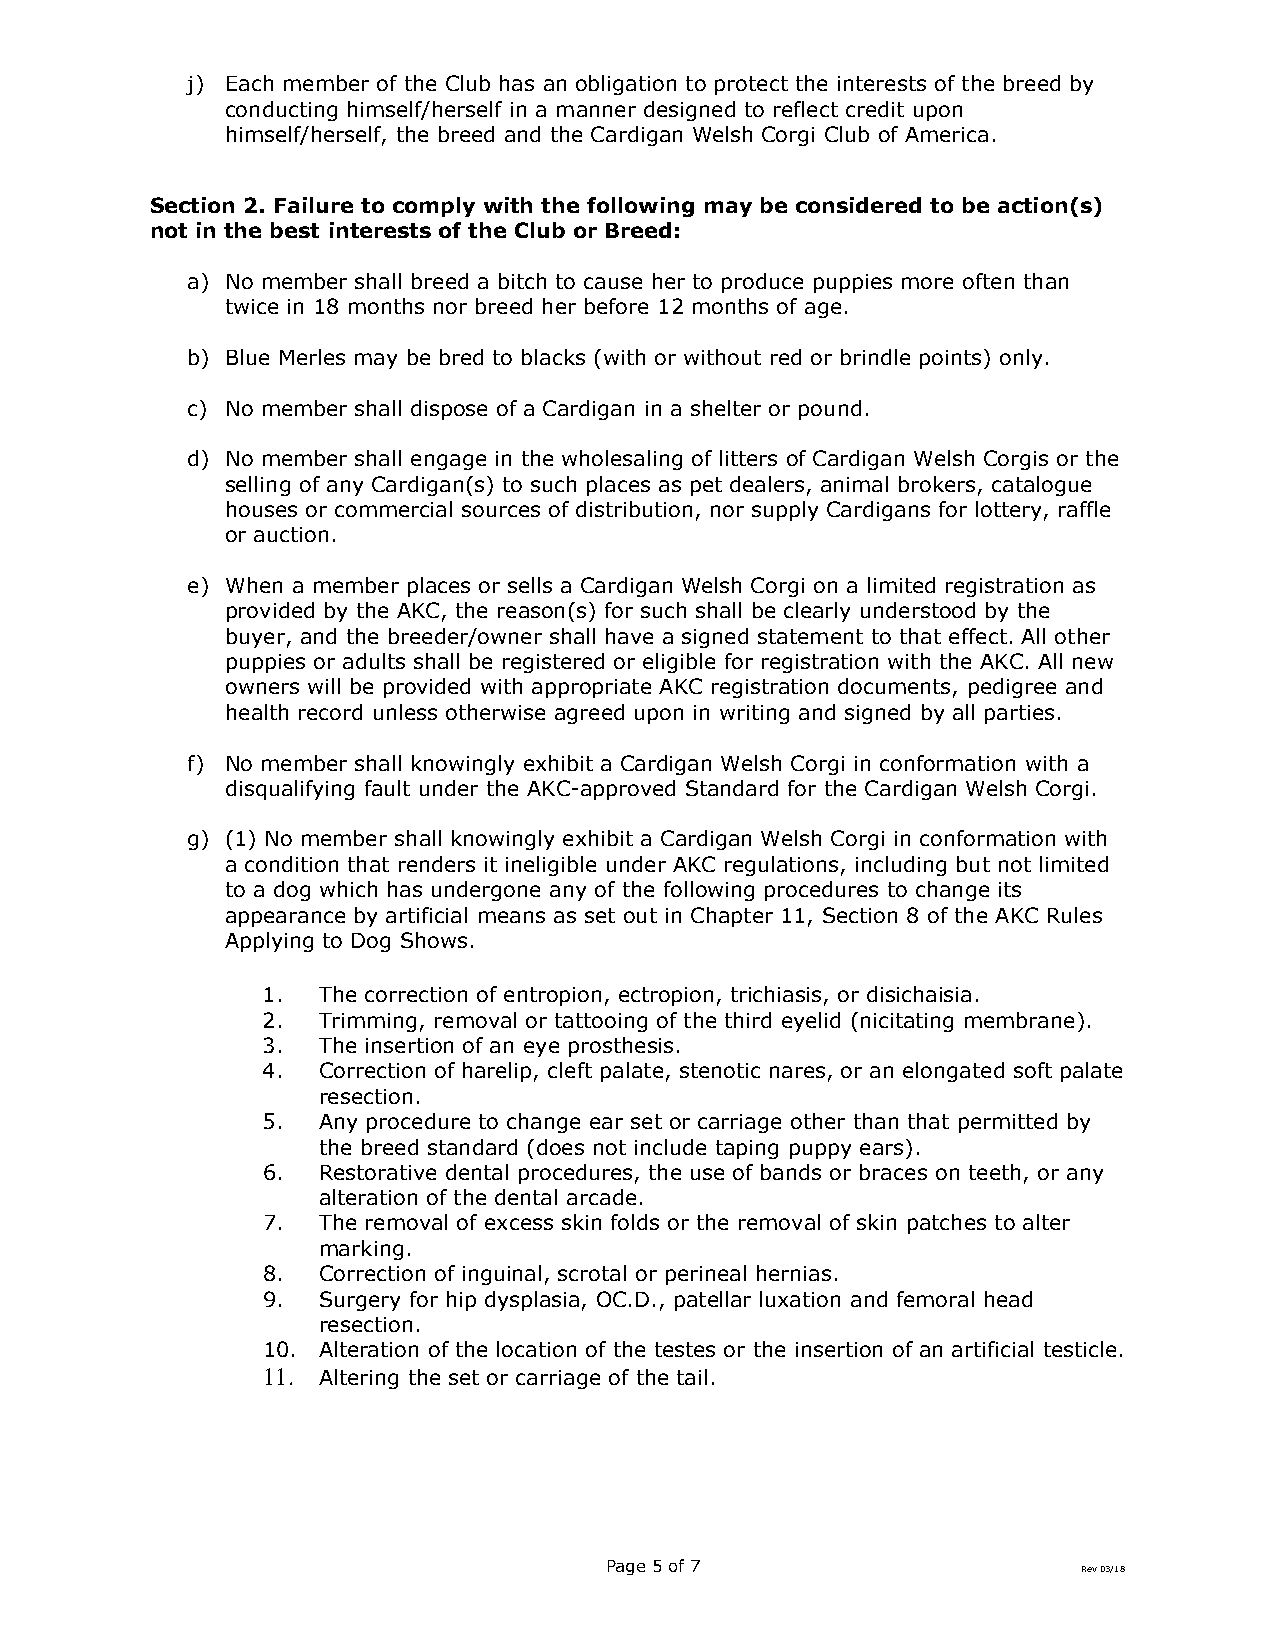
j) Each member of the Club has an obligation to protect the interests of the breed by
 conducting himself/herself in a manner designed to reflect credit upon
 himself/herself, the breed and the Cardigan Welsh Corgi Club of America.
 Section 2. Failure to comply with the following may be considered to be action(s)
 not in the best interests of the Club or Breed:
 a) No member shall breed a bitch to cause her to produce puppies more often than
 twice in 18 months nor breed her before 12 months of age.
 b) Blue Merles may be bred to blacks (with or without red or brindle points) only.
 c) No member shall dispose of a Cardigan in a shelter or pound.
 d) No member shall engage in the wholesaling of litters of Cardigan Welsh Corgis or the
 selling of any Cardigan(s) to such places as pet dealers, animal brokers, catalogue
 houses or commercial sources of distribution, nor supply Cardigans for lottery, raffle
 or auction.
 e) When a member places or sells a Cardigan Welsh Corgi on a limited registration as
 provided by the AKC, the reason(s) for such shall be clearly understood by the
 buyer, and the breeder/owner shall have a signed statement to that effect. All other
 puppies or adults shall be registered or eligible for registration with the AKC. All new
 owners will be provided with appropriate AKC registration documents, pedigree and
 health record unless otherwise agreed upon in writing and signed by all parties.
 f) No member shall knowingly exhibit a Cardigan Welsh Corgi in conformation with a
 disqualifying fault under the AKC-approved Standard for the Cardigan Welsh Corgi.
 g) (1) No member shall knowingly exhibit a Cardigan Welsh Corgi in conformation with
 a condition that renders it ineligible under AKC regulations, including but not limited
 to a dog which has undergone any of the following procedures to change its
 appearance by artificial means as set out in Chapter 11, Section 8 of the AKC Rules
 Applying to Dog Shows.
 1.  The correction of entropion, ectropion, trichiasis, or disichaisia.
 2.  Trimming, removal or tattooing of the third eyelid (nicitating membrane).
 3.  The insertion of an eye prosthesis.
 4.  Correction of harelip, cleft palate, stenotic nares, or an elongated soft palate
 resection.
 5.  Any procedure to change ear set or carriage other than that permitted by
 the breed standard (does not include taping puppy ears).
 6.  Restorative dental procedures, the use of bands or braces on teeth, or any
 alteration of the dental arcade.
 7.  The removal of excess skin folds or the removal of skin patches to alter
 marking.
 8.  Correction of inguinal, scrotal or perineal hernias.
 9.  Surgery for hip dysplasia, OC.D., patellar luxation and femoral head
 resection.
 10. Alteration of the location of the testes or the insertion of an artificial testicle.
 11. Altering the set or carriage of the tail.
 Page 5 of 7                     Rev 03/18